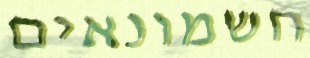
חשמונאים